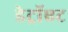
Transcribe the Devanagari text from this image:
डेट्रॉएट